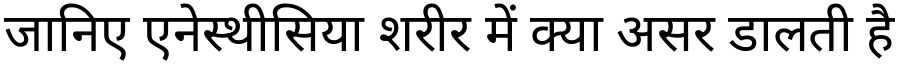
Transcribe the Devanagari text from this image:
जानिए एनेस्थीसिया शरीर में क्या असर डालती है